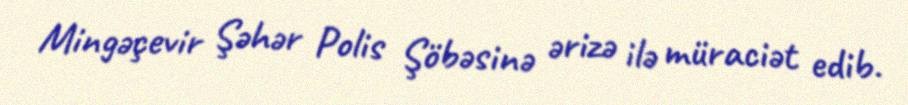
Mingəçevir Şəhər Polis Şöbəsinə ərizə ilə müraciət edib.